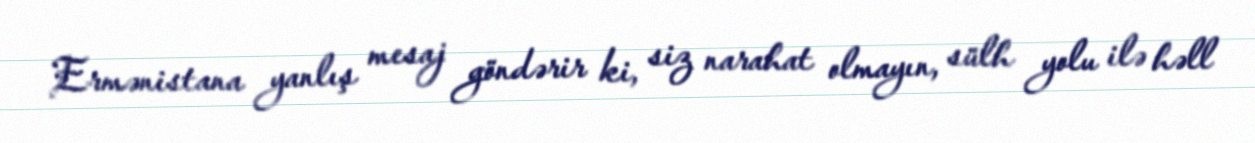
Ermənistana yanlış mesaj göndərir ki, siz narahat olmayın, sülh yolu ilə həll